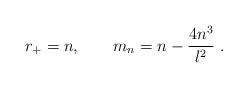
LaTeX: \begin{align*}r_+=n,\qquad m_{n}=n-{4n^3\over l^2}\ .\end{align*}